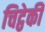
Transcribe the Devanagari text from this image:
चिट्ठेकी